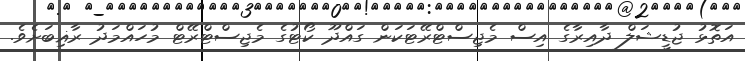
އަތޮޅު ޖުޑީޝަލް ދާއިރާގެ އިސް މެޖިސްޓްރޭޓަކަން ގައްދޫ ކޯޓުގެ މެޖިސްޓްރޭޓް މުހައްމަދު ރާޣިބަށެވެ.